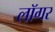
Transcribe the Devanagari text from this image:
लॉगर